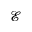
\mathcal { E }